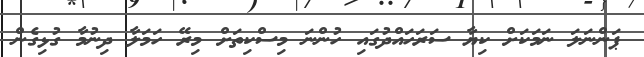
ޕަންނަލަ ނަމަކަށް ކިޔާ ސަރަހައްދުގައި ހުންނަ މިސްކިތަށް މިރޭ ހަމަލާ ދިނުމާ ގުޅިގެން